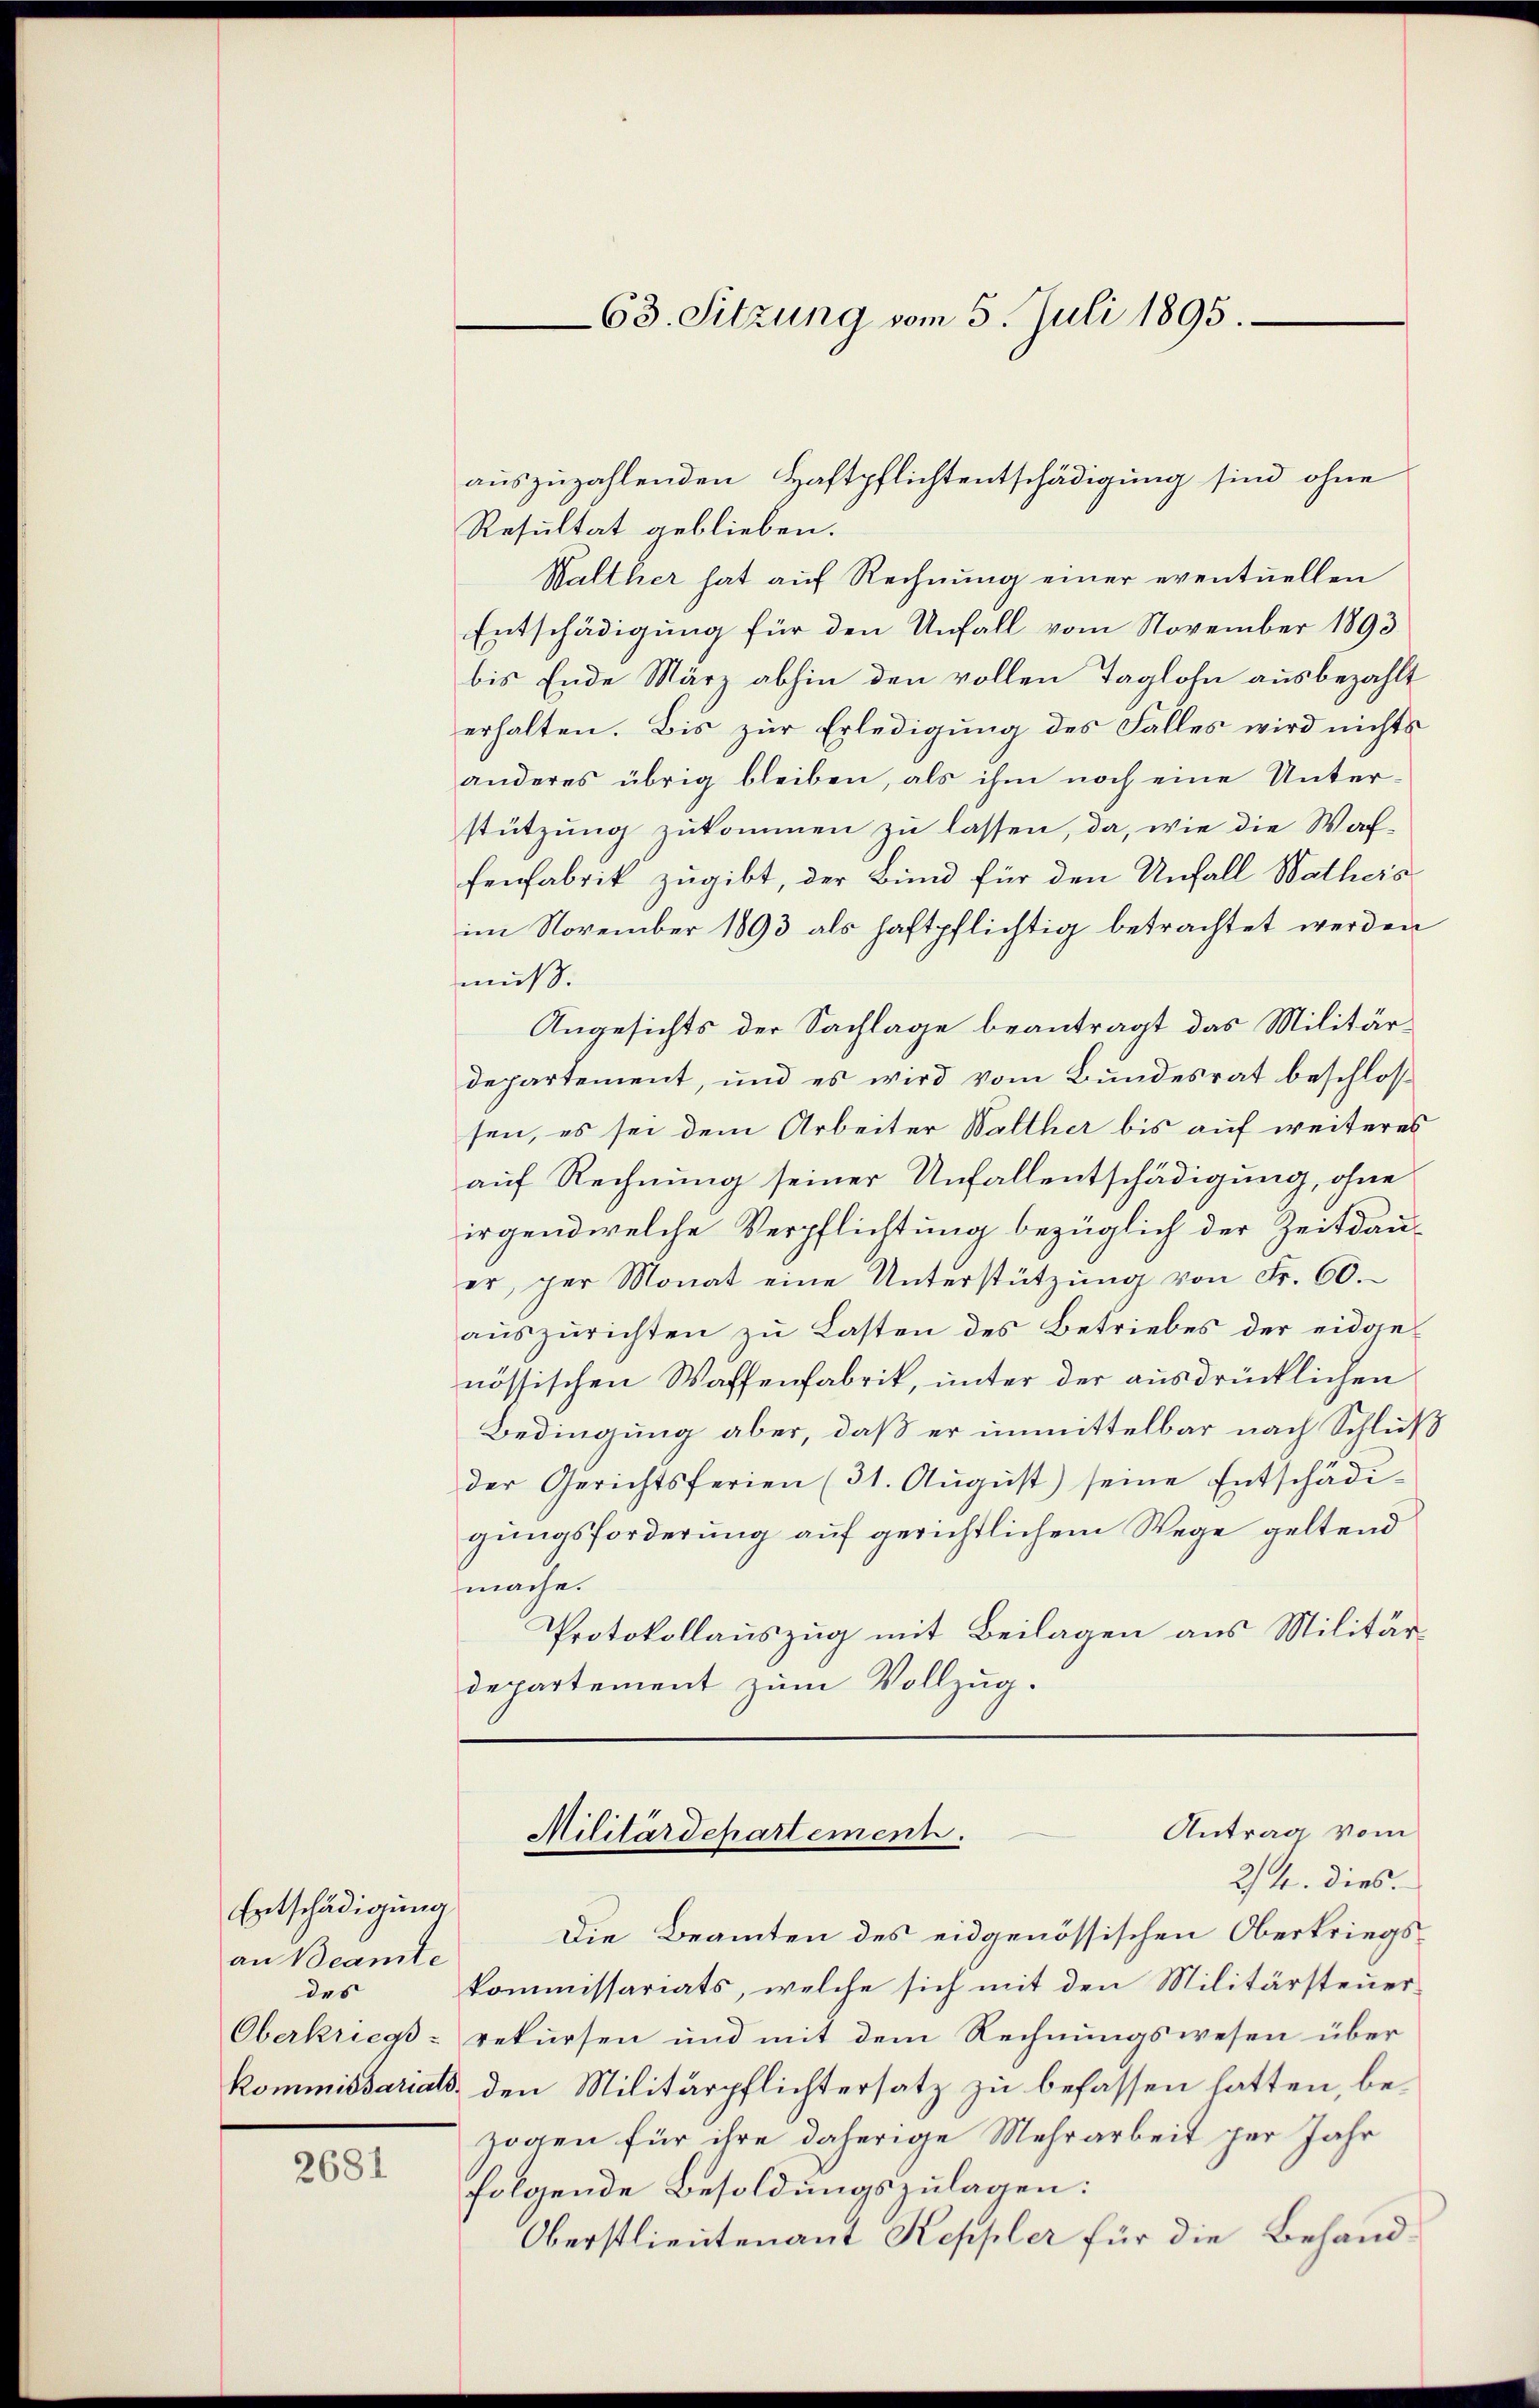
Entschädigung
an Beamte
des
Oberkriegs-

2681

63. Sitzung vom 5. Juli 1895.

auszuzahlenden Haftpflichtentschädigung sind ohne
Resultat geblieben.
Walther hat auf Rechnung einer eventuellen
Entschädigung für den Unfall vom November 1893
bis Ende März abhin den vollen Taglohn ausbezahlt
erhalten. Bis zur Erledigung des Falles wird nichts
anderes übrig bleiben, als ihm noch eine Unter-
stützung zukommen zu lassen, da, wie die Waffenfabrik zugibt, der Bund für den Unfall Watheis
im November 1893 als haftpflichtig betrachtet werden
muß.
Angesichts der Sachlage beantragt das Militärdepartement, und es wird vom Bundesrat beschlossen, es sei dem Arbeiter Walther bis auf weiteres
auf Rechnung seiner Unfallentschädigung, ohne
irgend welche Verpflichtung bezüglich der Zeitdauer, per Monat eine Unterstützŭng von Fr. 60.
aŭszŭrichten zu Lasten des Betriebes der eidgenössischen Waffenfabrik, unter der ausdrücklichen
Bedingung aber, daß er unmittelbar nach Schluß
der Gerichtsferien (31. Aŭgŭst) seine Entschädi-
gungsforderung auf gerichtlichem Wege geltend
mache.
Protokollauszug mit Beilagen aus Militär
departement zum Vollzug.

Antrag vom
Militärdepartement.
2/4. dies.

Die Beamten des eidgenössischen Oberkriegskommissariats, welche sich mit den Militärsteuer
rekursen und mit dem Rechnungswesen über
kommissariats den Militärpflichtersatz zu befassen hatten, bezogen für ihre daherige Mehrarbeit per Jahr
folgende Besoldungszulagen:
Oberstlieutenant Keppler für die Behand¬